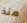
منذ